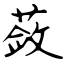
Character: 蔹